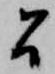
間